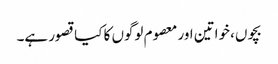
بچوں، خواتین اور معصوم لوگوں کا کیا قصور ہے۔